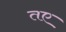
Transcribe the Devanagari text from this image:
तए